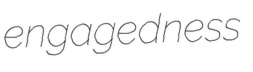
engagedness